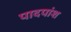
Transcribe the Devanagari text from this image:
पादपांश